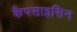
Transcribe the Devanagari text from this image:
कैपसाइसिन